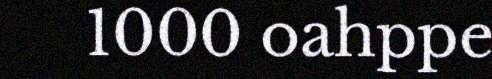
1000 oahppe